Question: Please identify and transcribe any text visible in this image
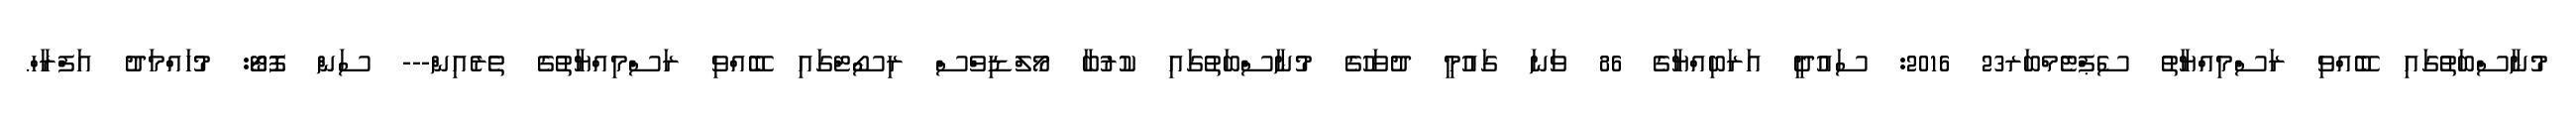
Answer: މުނާސްބަތުގައި ބޭއްވި ރަސްމިއްޔާތު ސެޕްޓެމްބަރ23 2016: ސައުދީ އަރަބިއްޔާގެ 86 ވަނަ ގައުމީ ދުވަހުގެ މުނާސްބަތުގައި ކުރުބާ މޯލްޑިވްސް ރިސޯޓްގައި ބޭއްވި ރަސްމިއްޔާތުގެ ތެރެއިން--- ސަން ފޮޓޯ: މުހައްމަދު އަފްރާހް.